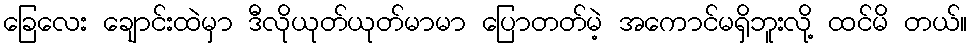
ခြေလေး ချောင်းထဲမှာ ဒီလိုယုတ်ယုတ်မာမာ ပြောတတ်မဲ့ အကောင်မရှိဘူးလို့ ထင်မိ တယ်။